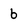
Character: b